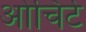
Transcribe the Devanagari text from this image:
ओचिर्ट